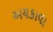
અચકાવા